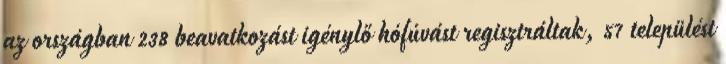
az országban 238 beavatkozást igénylő hófúvást regisztráltak, 57 települést